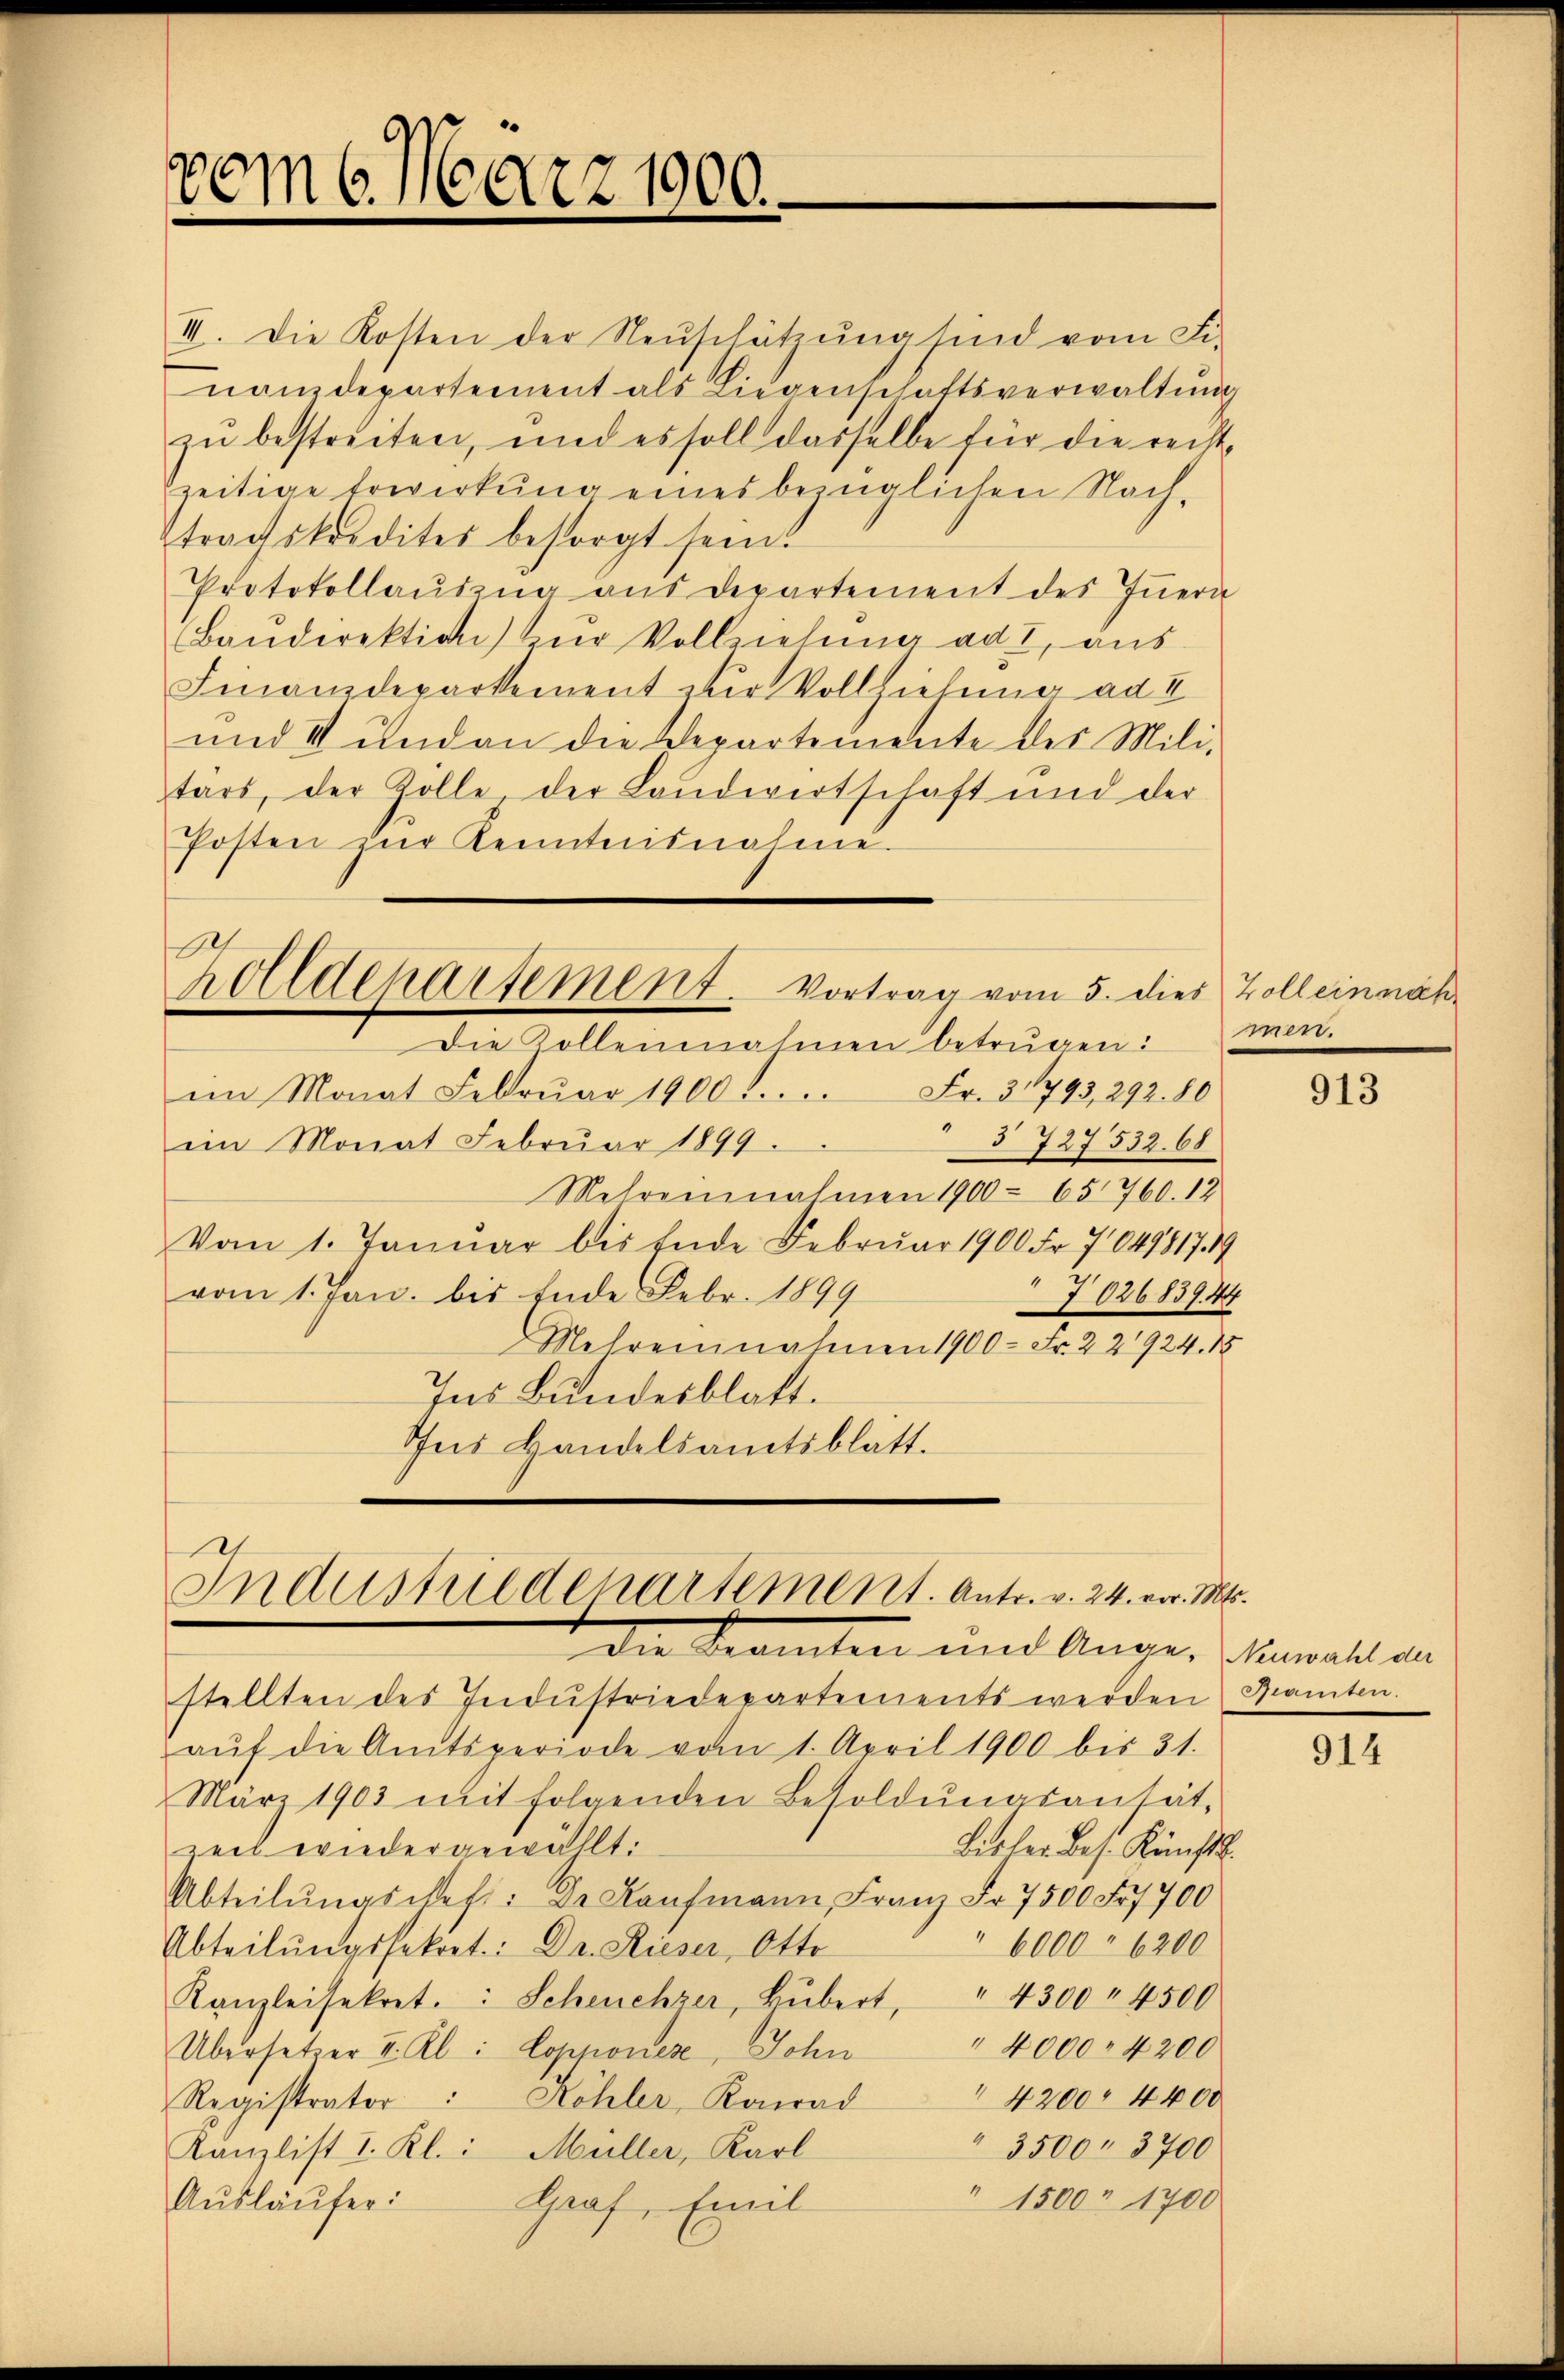
vom 6. März 1900.

III. Die Kosten der Neŭschützŭng sind vom Fi-
nanzdepartement als Liegenschaftsverwaltŭng
zu bestreiten, und es soll dasselbe für die recht,
zeitige Erwirkung eines bezüglichen Nach-
tragskredites besorgt sein.
Protokollaŭszŭg aŭs departement des Iṅern
Baŭdirektion zur Vollnehme ad I, aus
Finanzdepartement zur Vollziehung ad I
und II und an die Departemente des Mili-
tars, der Kolle der Landwirtschaft und der
Posten zŭr Kenntnisnahme.

A
rolldepartement. Vortrag vom 5. dies Zoll einnah¬
Die Kollennahmen betrügen: men.

Fr. 31793, 292. 80
im Monat Februar 1900.
§ 727 532. 68
im Monat Februar 1899.
Mehreinnahmen 1900 - 65 760. 12
Vom 1. Januar bis Ende Februar 1900 Fr. 7049817
vom 1. Jan. bis Ende Febr. 1899
702683944
Mehrensnahmen 1900 Fr. 221924. 15
Ins Bundesblatt.
Ins Handelsamtsblatt.

Industriedenartement. Antr. v. 24. vor. Mts.

Die Beamten und Ange- Neuwahl an
stellten des Indŭstriedepartements werden Manten.
aŭf die Amtsperiode vom 1. April 1900 bis 31.
März 1903 mit folgenden Besoldŭngsantät,
Bisler bes. Künstl.
zeit wiedergewällt.
Abteilŭngschaft: Der Kaŭfmann Franz Fr. 7500 Fr. 700
" 6000 6200
Abteilŭngssekret: Dr. Rieser, Otte
Kanzleisekret.: Scheuchzer, Hŭbert, " 4300 " 4500
" 4000. 4200
Übersetzer I. Kl: Copponese, Sohn
" 4200. 4400
Registrator : Köhler, Konrad
" 3500. 3700
Kanzlist I. Kl.: Müller, Karl
" 1500 n 1700
Aŭsläufer:
Graf, Emil

913

914